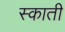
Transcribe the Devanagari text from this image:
स्काती